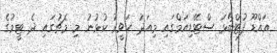
އައްޑޫ ފުޓްބޯޅަ ސްޓޭޑިއަމްގައި މިއަދު ހަވީރު ކުޅުނު މި މެޗުގައި ދެ ޓީމުގެ